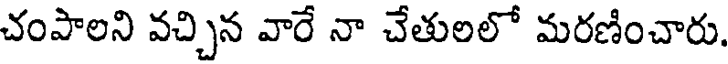
చంపాలని వచ్చిన వారే నా చేతులలో మరణించారు.